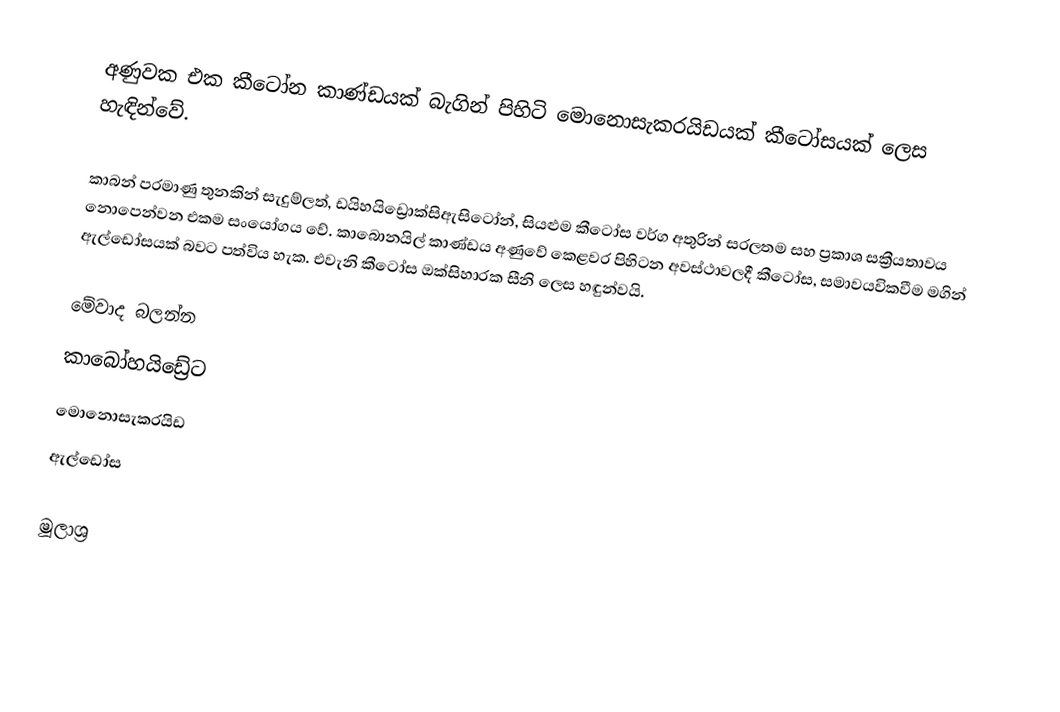
අණුවක එක කීටෝන කාණ්ඩයක් බැගින් පිහිටි මොනොසැකරයිඩයක් කීටෝසයක් ලෙස හැඳින්වේ.

කාබන් පරමාණු තුනකින් සැදුම්ලත්, ඩයිහයිඩ්‍රොක්සිඇසිටෝන්, සියළුම කීටෝස වර්ග අතුරින් සරලතම සහ ප්‍රකාශ සක්‍රීයතාවය නොපෙන්වන එකම සංයෝගය වේ. කාබොනයිල් කාණ්ඩය අණුවේ කෙළවර පිහිටන අවස්ථාවලදී කීටෝස, සමාවයවිකවීම මගින් ඇල්ඩෝසයක් බවට පත්විය හැක. එවැනි කීටෝස ඔක්සිහාරක සීනි ලෙස හඳුන්වයි.

මේවාද බලන්න
කාබෝහයිඩ්‍රේට
මොනොසැකරයිඩ
ඇල්ඩෝස

මූලාශ්‍ර